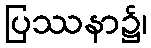
ပြဿနာ၌၊